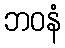
ဘဝနံ